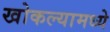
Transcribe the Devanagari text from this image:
खोकल्यामध्ये